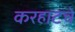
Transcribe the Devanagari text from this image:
करहाटचे